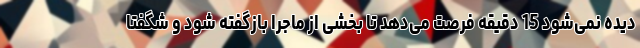
دیده نمی‌شود 15 دقیقه فرصت می‌دهد تا بخشی از ماجرا بازگفته شود و شگفتا